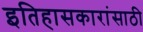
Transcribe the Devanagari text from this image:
इतिहासकारांसाठी